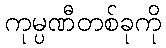
ကုမ္ပဏီတစ်ခုကို